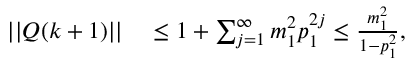
\begin{array} { r l } { \lvert | Q ( k + 1 ) \rvert | } & { { } \leq 1 + \textstyle \sum _ { j = 1 } ^ { \infty } m _ { 1 } ^ { 2 } p _ { 1 } ^ { 2 j } \leq \frac { m _ { 1 } ^ { 2 } } { 1 - p _ { 1 } ^ { 2 } } , } \end{array}